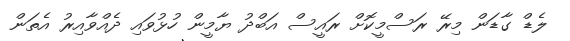
ލެޑް ގާޑަން މިރޭ ރަސްމީކޮށް ރައީސް އަބްދު ޔާމީން ހުޅުވައި ދެއްވާއިރު އެތަން